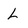
Character: L